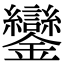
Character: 鑾